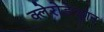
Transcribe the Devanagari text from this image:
क्लेरोडेन्ड्रान